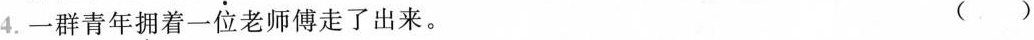
4.一群青年\underset{·}{拥}着一位老师傅走了出来。 ( )